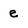
Character: e